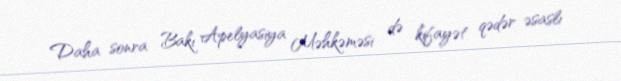
Daha sonra Bakı Apelyasiya Məhkəməsi də kifayət qədər əsaslı